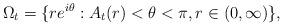
LaTeX: \begin{align*}\Omega_t=\{re^{i\theta}: A_t(r)<\theta<\pi, r\in (0,\infty) \},\end{align*}